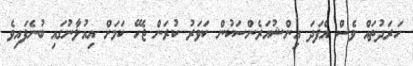
ހަރަދުތައް ވެސް އެފަދަ އިންޝުއަރެންސަކުން ކަވަރު ކުރަން ޖެހޭ ކަމަށް އިއުލާނުގައި ބުނެފައިވެ